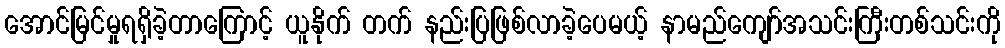
အောင်မြင်မှုရရှိခဲ့တာကြောင့် ယူနိုက် တက် နည်းပြဖြစ်လာခဲ့ပေမယ့် နာမည်ကျော်အသင်းကြီးတစ်သင်းကို